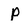
Character: P